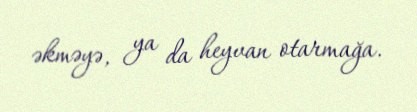
əkməyə, ya da heyvan otarmağa.